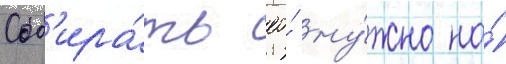
Соб'ира́ть ео́ ну́жно на́